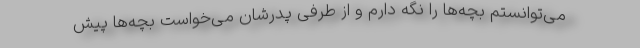
می‌توانستم بچه‌ها را نگه دارم و از طرفی پدرشان می‌خواست بچه‌ها پیش